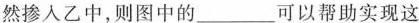
然掺入乙中，则图中的_____可以帮助实现这